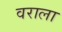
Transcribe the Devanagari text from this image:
वराला